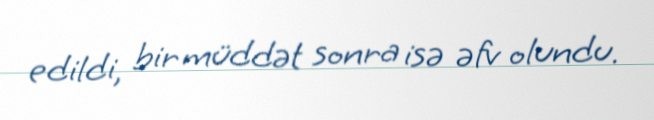
edildi, bir müddət sonra isə əfv olundu.